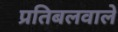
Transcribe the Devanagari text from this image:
प्रतिबलवाले